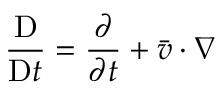
\frac { \mathrm { D } } { \mathrm { D } t } = \frac { \partial } { \partial t } + \boldsymbol { \bar { v } } \cdot \nabla